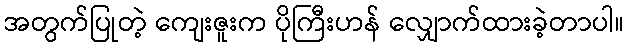
အတွက်ပြုတဲ့ ကျေးဇူးက ပိုကြီးဟန် လျှောက်ထားခဲ့တာပါ။